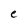
Character: e